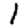
Digit: 1